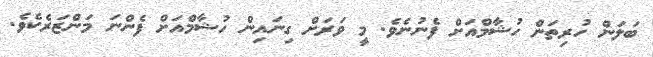
ބަލަން ހުރިތަން ހުޝާމްއަށް ފެނުނެވެ. މީ ވަރަށް ގިނައިން ހުޝާމްއަށް ފެންނަ މަންޒަރެކެވެ.